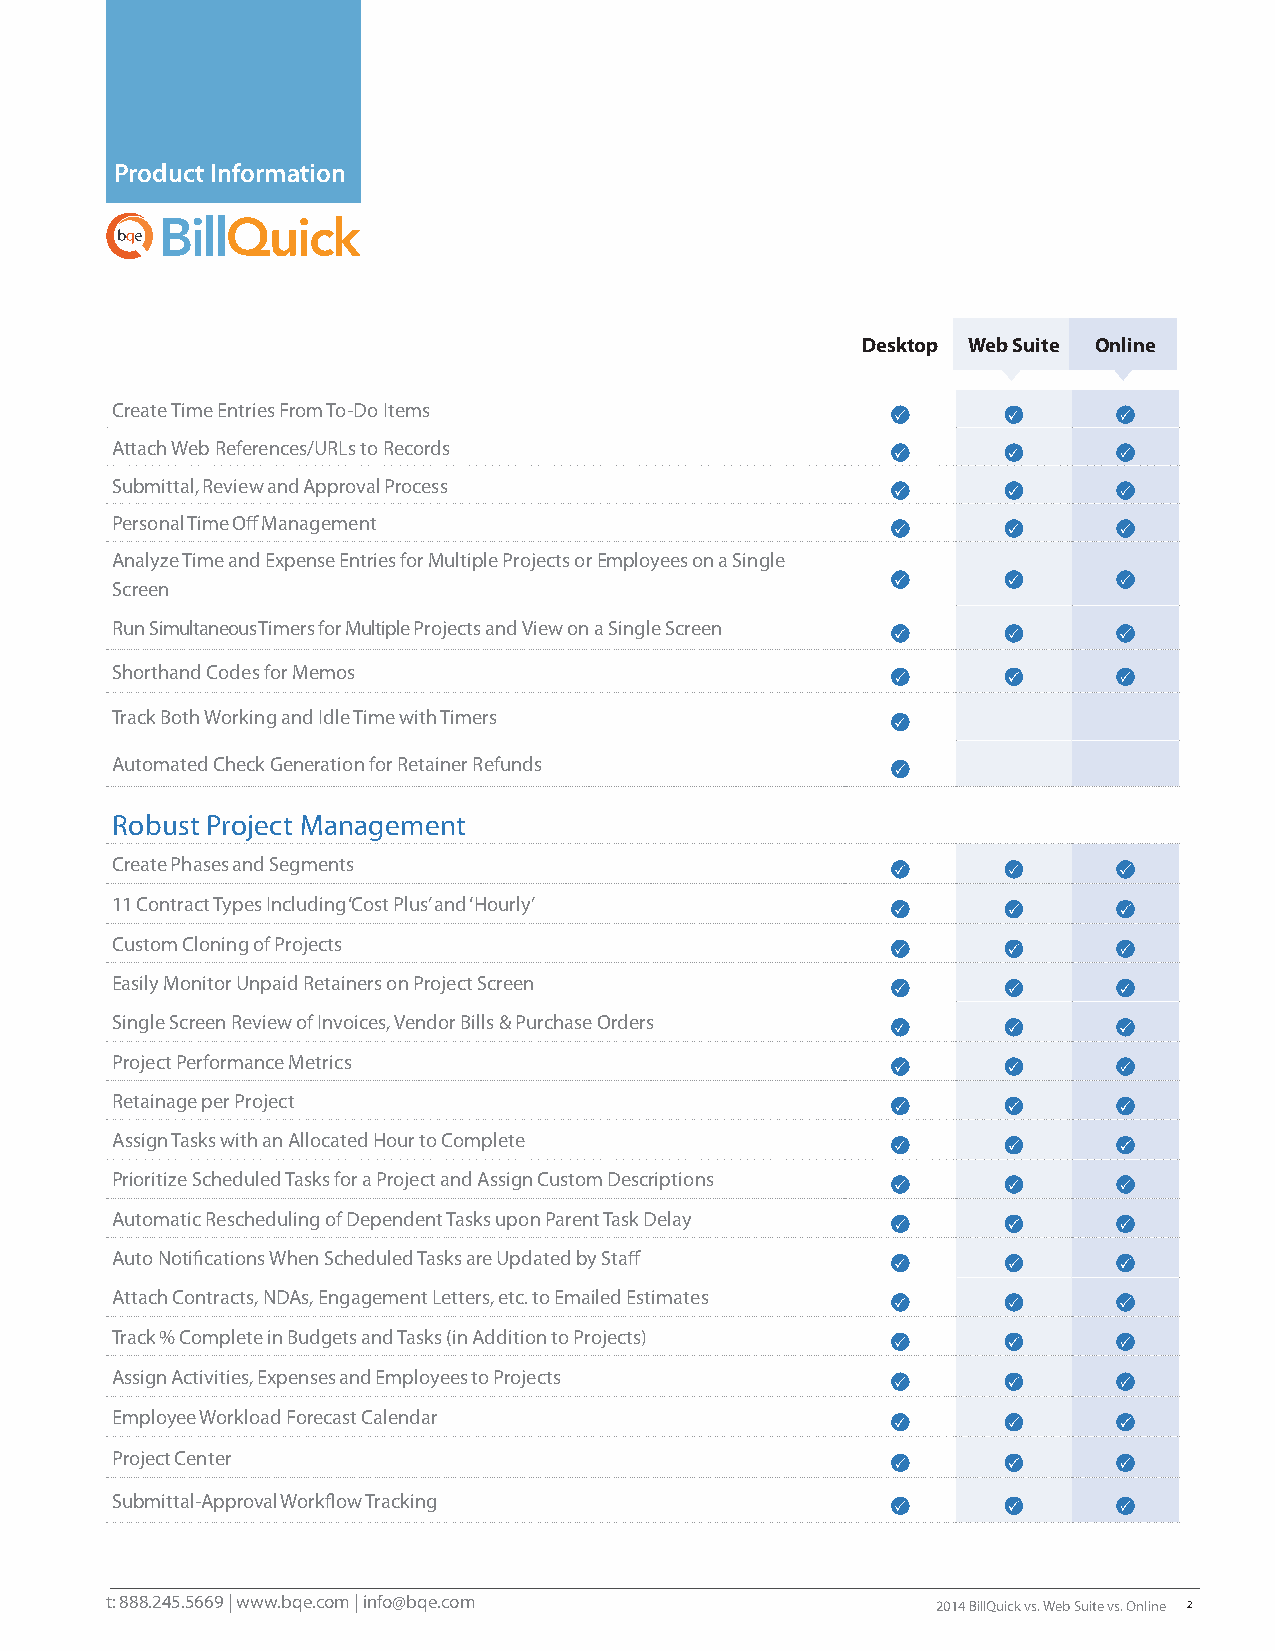
Product Information
 Desktop Web Suite Online
 Create Time Entries From To-Do Items
 Attach Web References/URLs to Records
 Submittal, Review and Approval Process
 Personal Time Off Management
 Analyze Time and Expense Entries for Multiple Projects or Employees on a Single
 Screen
 Run Simultaneous Timers for Multiple Projects and View on a Single Screen
 Shorthand Codes for Memos
 Track Both Working and Idle Time with Timers
 Automated Check Generation for Retainer Refunds
 Robust Project Management
 Create Phases and Segments
 11 Contract Types Including ‘Cost Plus’ and ‘Hourly’
 Custom Cloning of Projects
 Easily Monitor Unpaid Retainers on Project Screen
 Single Screen Review of Invoices, Vendor Bills & Purchase Orders
 Project Performance Metrics
 Retainage per Project
 Assign Tasks with an Allocated Hour to Complete
 Prioritize Scheduled Tasks for a Project and Assign Custom Descriptions
 Automatic Rescheduling of Dependent Tasks upon Parent Task Delay
 Auto Notifications When Scheduled Tasks are Updated by Staff
 Attach Contracts, NDAs, Engagement Letters, etc. to Emailed Estimates
 Track % Complete in Budgets and Tasks (in Addition to Projects)
 Assign Activities, Expenses and Employees to Projects
 Employee Workload Forecast Calendar
 Project Center
 Submittal-Approval Workflow Tracking
 t: 888.245.5669 | www.bqe.com | info@bqe.com
 2014 BillQuick vs. Web Suite vs. Online 2